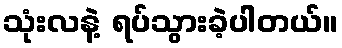
သုံးလနဲ့ ရပ်သွားခဲ့ပါတယ်။